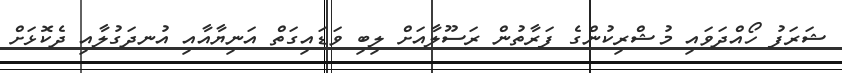
ޝަރަފު ހޯއްދަވައި މުޝްރިކުންގެ ފަރާތުން ރަސޫލާއަށް ލިބި ވަޑައިގަތް އަނިޔާއާއި އުނދަގުލާއި ދެކޮޅަށް